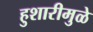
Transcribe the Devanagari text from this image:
हुशारीमुळे